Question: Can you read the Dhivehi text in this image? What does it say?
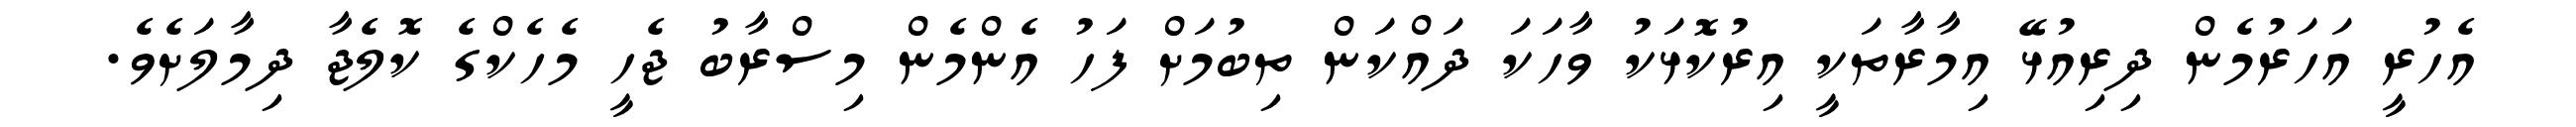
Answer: އެހުރީ އަހަރުމެން ދިރިއުޅޭ އިމާރާތަކީ އިރުކޮޅަކު ވާހަކަ ދައްކަން ތިބުމަށް ފަހު އެންމެން މިސްރާބު ޖެހީ މެހެކްގެ ކޮލެޖާ ދިމާލަށެވެ.